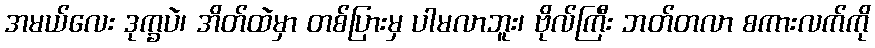
အမယ်လေး ဒုက္ခပဲ၊ အိတ်ထဲမှာ တစ်ပြားမှ ပါမလာဘူး၊ ဗိုလ်ကြီး ဘတ်တလာ စကားလက်ကို